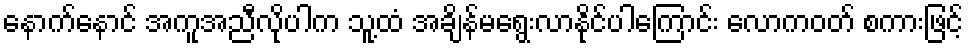
နောက်နောင် အကူအညီလိုပါက သူ့ထံ အချိန်မရွေးလာနိုင်ပါကြောင်း လောကဝတ် စကားဖြင့်